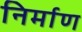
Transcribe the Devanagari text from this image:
निर्माण्‍ा